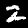
Label: 2